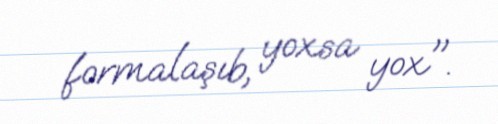
formalaşıb, yoxsa yox".